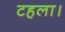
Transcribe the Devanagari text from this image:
टहला।